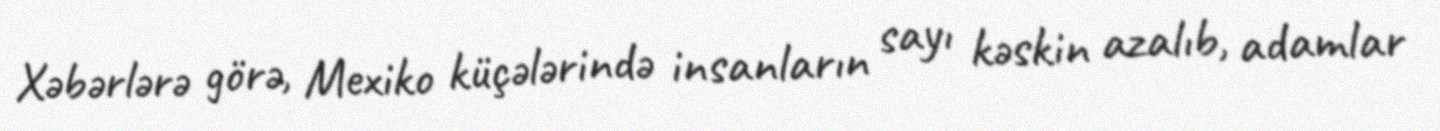
Xəbərlərə görə, Mexiko küçələrində insanların sayı kəskin azalıb, adamlar